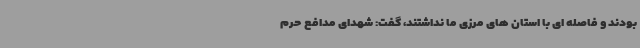
بودند و فاصله ای با استان های مرزی ما نداشتند، گفت: شهدای مدافع حرم